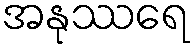
အနုဿရေ